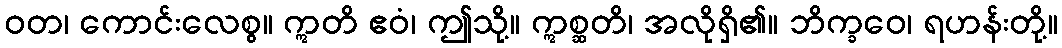
ဝတ၊ ကောင်းလေစွ။ ဣတိ ဧဝံ၊ ဤသို့။ ဣစ္ဆတိ၊ အလိုရှိ၏။ ဘိက္ခဝေ၊ ရဟန်းတို့။